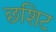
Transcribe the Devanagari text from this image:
छशिट